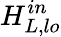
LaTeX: H_{L,\textit{lo}}^{in}